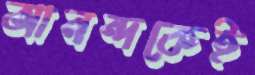
আনন্দকেই